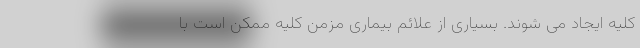
کلیه ایجاد می شوند. بسیاری از علائم بیماری مزمن کلیه ممکن است با